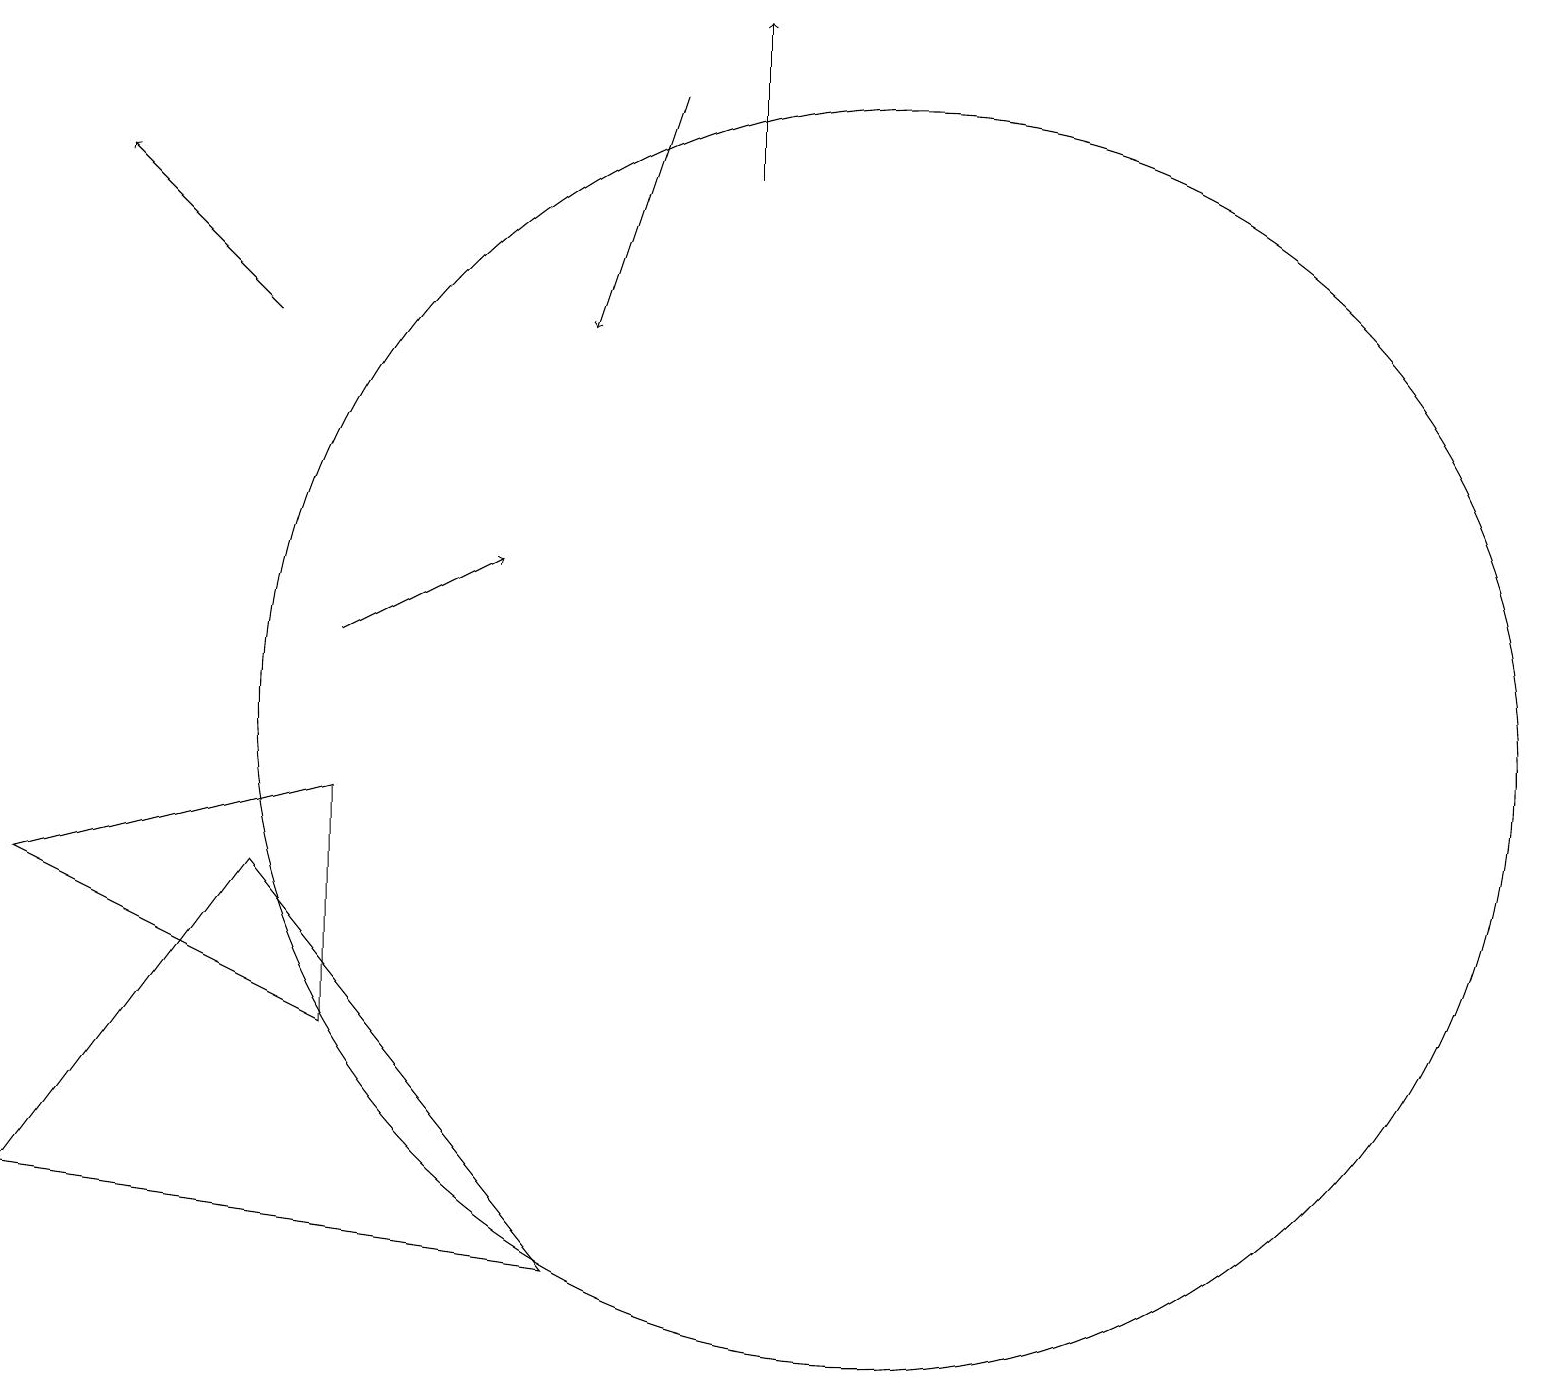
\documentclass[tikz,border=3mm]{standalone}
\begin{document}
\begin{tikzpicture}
\draw (4,9) -- (4,6) -- (0,8) -- cycle;
\draw[->] (8,18) -- (7,15);
\draw[->] (3,15) -- (1,17);
\draw[->] (9,17) -- (9,19);
\draw[->] (4,11) -- (6,12);
\draw (0,4) -- (7,3) -- (3,8) -- cycle;
\draw (11,10) circle (8);
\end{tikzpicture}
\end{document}